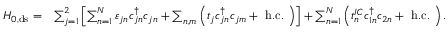
\begin{array} { r l } { H _ { 0 , \mathrm { d s } } = } & { \sum _ { j = 1 } ^ { 2 } \left[ \sum _ { n = 1 } ^ { N } \varepsilon _ { j n } c _ { j n } ^ { \dagger } c _ { j n } + \sum _ { n , m } \left( t _ { j } c _ { j n } ^ { \dagger } c _ { j m } + \mathrm { ~ h . c . ~ } \right) \right] + \sum _ { n = 1 } ^ { N } \left( t _ { n } ^ { I C } c _ { 1 n } ^ { \dagger } c _ { 2 n } + \mathrm { ~ h . c . ~ } \right) . } \end{array}